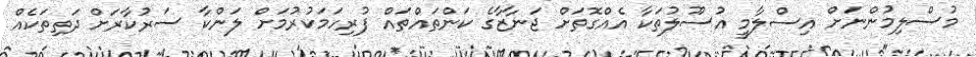
މުސްލިމުންނަށް އިސްލާމީ އުސޫލުތަކާ އެއްގޮތަށް ޖަނާޒާގެ ކަންތައްތައް ފުރިހަމަކުރުމަށް ލަންކާ ސަރުކާރަށް ދަތިތަކެއް